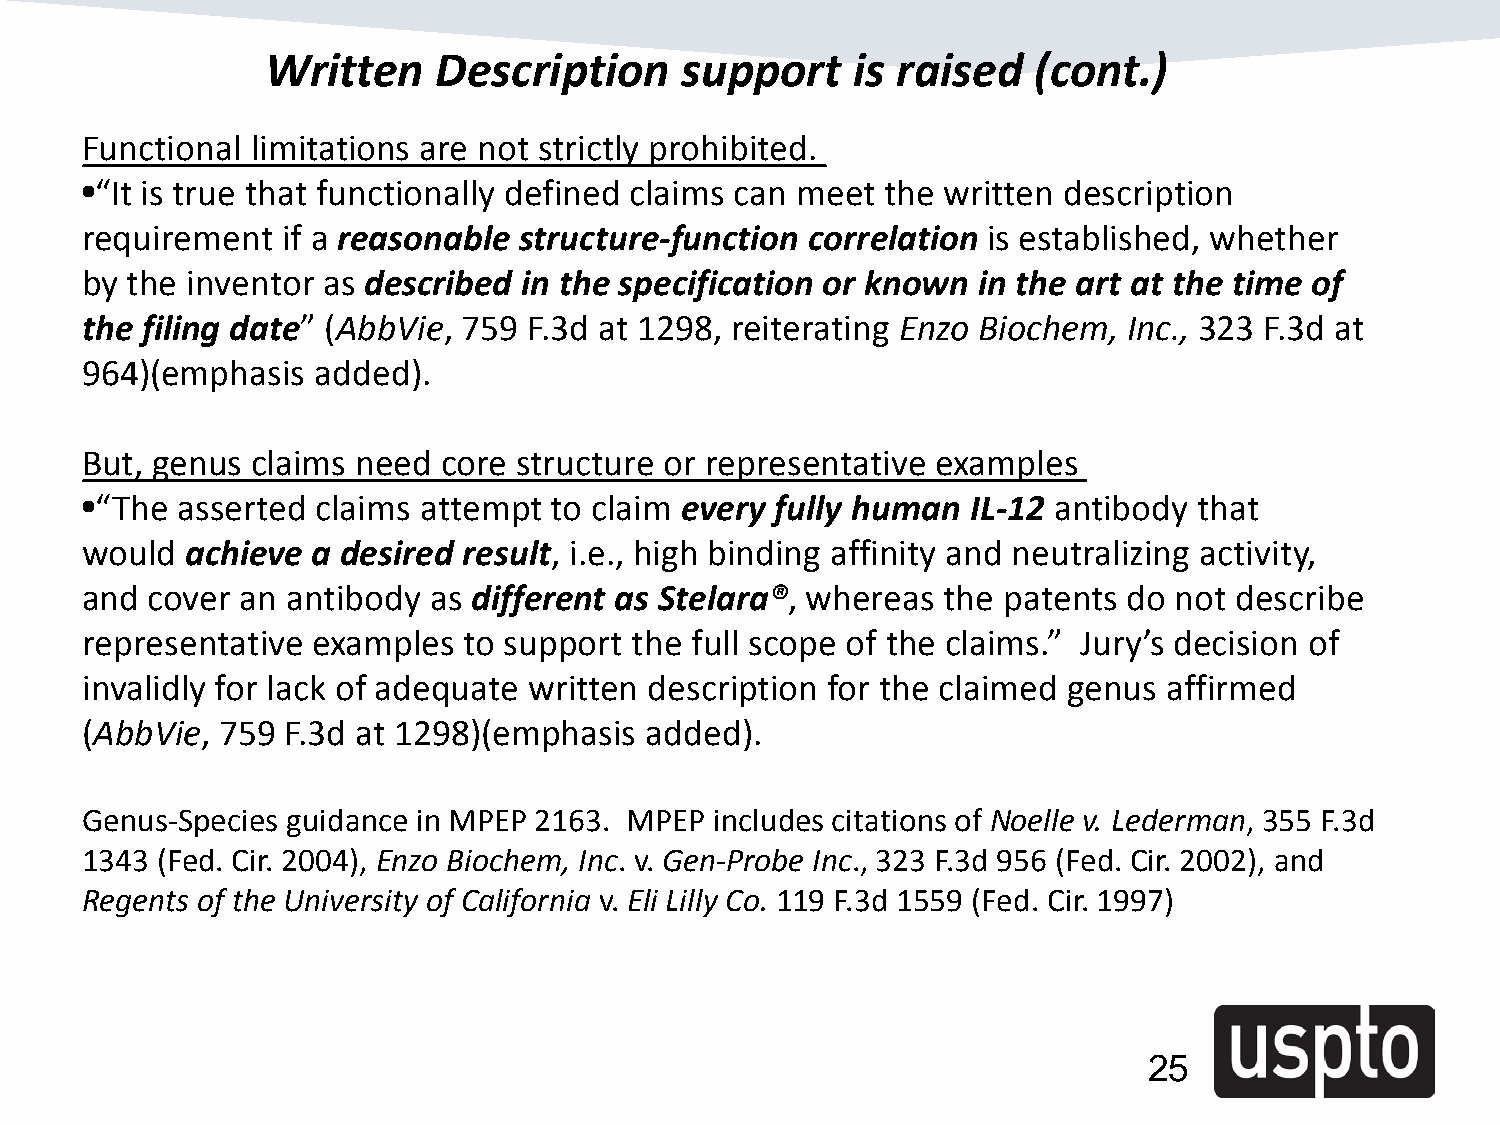
Written    Description     support    is raised   (cont.)
 Functional  limitations are not strictly prohibited.
 •“It is true that functionally defined claims can meet the written description
 requirement   if a reasonable structure-function correlation is established, whether
 by the inventor as described  in the specification or known in the art at the time of
 the filing date” (AbbVie, 759 F.3d at 1298, reiterating Enzo Biochem, Inc., 323 F.3d at
 964)(emphasis   added).
 But, genus  claims need core structure or representative examples
 •“The  asserted claims attempt to claim every fully human  IL-12 antibody that
 would  achieve  a desired result, i.e., high binding affinity and neutralizing activity,
 and  cover an antibody as different as Stelara®, whereas the patents  do not describe
 representative  examples  to support the full scope of the claims.” Jury’s decision of
 invalidly for lack of adequate written description for the claimed genus affirmed
 (AbbVie,  759 F.3d at 1298)(emphasis  added).
 Genus-Species guidance in MPEP 2163. MPEP includes citations of Noelle v. Lederman, 355 F.3d
 1343 (Fed. Cir. 2004), Enzo Biochem, Inc. v. Gen-Probe Inc., 323 F.3d 956 (Fed. Cir. 2002), and
 Regents of the University of California v. Eli Lilly Co. 119 F.3d 1559 (Fed. Cir. 1997)
 25
 25